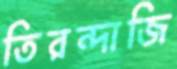
তিরন্দাজি